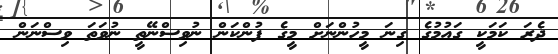
ދެރަ ކަމަކީ ގައުމުގެ ގިނަ މީހުންނަށް މީގެ ފުންކަން ނުވިސްނޭތީ ނުވަތަ ވިސްނަން